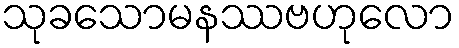
သုခသောမနဿဗဟုလော